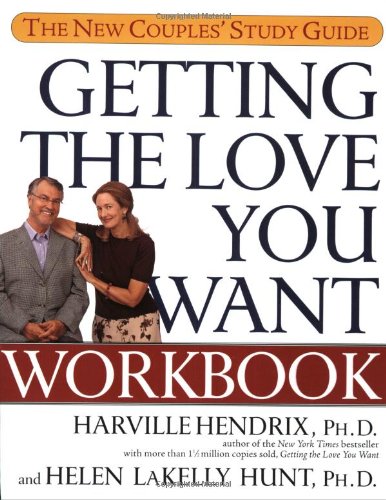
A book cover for Getting the Love You Want Workbook: The New Couples' Study Guide; Ph.D. Harville Hendrix Ph.D.; Parenting & Relationships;